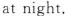
at night.